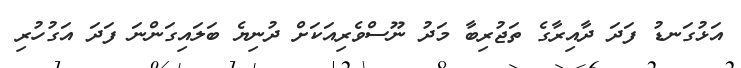
އަޅުގަނޑު ފަދަ ދާއިރާގެ ތަޖުރިބާ މަދު ނޫސްވެރިއަކަށް ދުނިޔެ ބަލައިގަންނަ ފަދަ އަގުހުރި